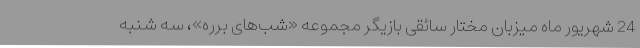
24 شهریور ماه میزبان مختار سائقی بازیگر مجموعه «شب‌های برره»، سه شنبه